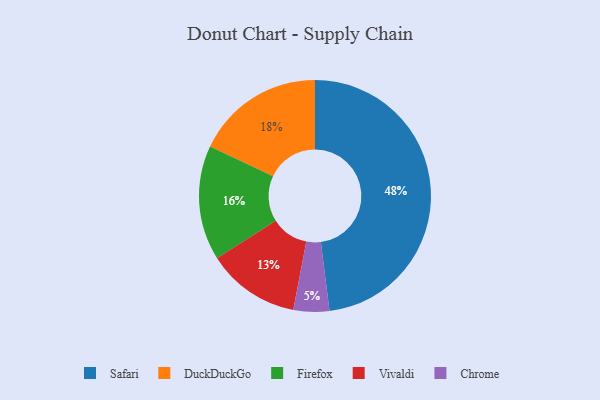
{"axis": {"x": "Category", "y": "Percentage"}, "legend": ["Chrome", "DuckDuckGo", "Firefox", "Safari", "Vivaldi"], "data": [{"x": "Firefox", "y": 16, "type": "Firefox"}, {"x": "Chrome", "y": 5, "type": "Chrome"}, {"x": "Safari", "y": 48, "type": "Safari"}, {"x": "DuckDuckGo", "y": 18, "type": "DuckDuckGo"}, {"x": "Vivaldi", "y": 13, "type": "Vivaldi"}]}